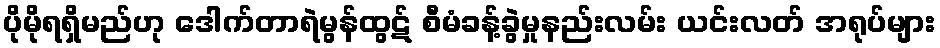
ပိုမိုရရှိမည်ဟု ဒေါက်တာရဲမွန်ထွဋ် စီမံခန့်ခွဲမှုနည်းလမ်း ယင်းလတ် အရုပ်များ